Annual report of the Punjab Veterinary College and of the Civil Veterinary Department, Punjab - 1926-1932
Year: 1926
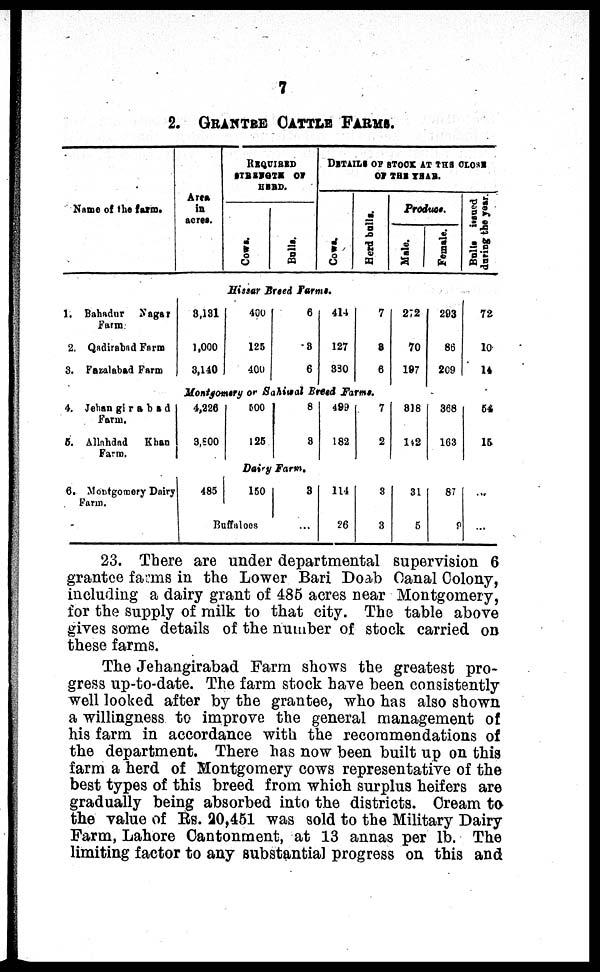
7
2. GRANTEE CATTLE FARMS.
Name of the farm.
Area
in
acres.
REQUIRED
STRENGTH OF
HEAD.
Cows .
Bulls.
DETAILS OF STOCK AT THE CLOSE
OF THE YEAR.
Cows .
Herd bal l s.
Produce.
Male.
Female.
Balls issued
daring the year.
Hissar Breed Farms.
1. Bahadur
Nagar
Farm
2. Qadirabad Farm
3. Fazalabad Farm
8,131
1,000
3,140
400
125
400
6
3
6
414
127
380
7
8
6
272
70
197
293
86
209
72
10
14
Montgomery or Sahiwal Breed Farms.
4. Jehangirabad
Farm.
5. Allahdad
Khan
Farm.
4,226
3,800
500
125
8
8
499
182
7
2
318
142
368
163
54
15
Dairy Farm.
6. Montgomery Dairy
Farm.
485
150
Buffaloes
3
...
114
26
3
3
31
5
87
9
...
...
23. There are under departmental supervision 6
grantee farms in the Lower Bari Doab Canal Colony,
including a dairy grant of 485 acres near Montgomery,
for the supply of milk to that city. The table above
gives some details of the number of stock carried on
these farms.
The Jehangirabad Farm shows the greatest pro-
gress up-to-date. The farm stock have been consistently
well looked after by the grantee, who has also shown
a willingness to improve the general management of
his farm in accordance with the recommendations of
the department. There has now been built up on this
farm a herd of Montgomery cows representative of the
best types of this breed from which surplus heifers are
gradually being absorbed into the districts. Cream to
the value of Rs. 20,451 was sold to the Military Dairy
Farm, Lahore Cantonment, at 13 annas per lb. The
limiting factor to any substantial progress on this and